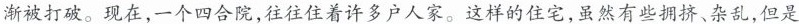
渐被打破。现在，一个四合院，往往住着许多户人家。这样的住宅，虽然有些拥挤、杂乱，但是